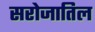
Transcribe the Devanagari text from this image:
सरोजातिल